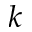
k